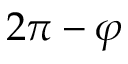
2 \pi - \varphi